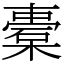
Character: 橐